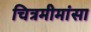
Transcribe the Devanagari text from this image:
चित्रमीमांसा